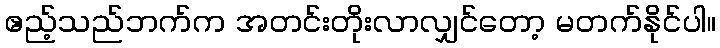
ဧည့်သည်ဘက်က အတင်းတိုးလာလျှင်တော့ မတက်နိုင်ပါ။